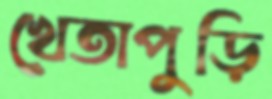
খেতাপুড়ি